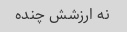
نه ارزشش چنده